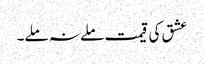
عشق کی قیمت ملے نہ ملے۔